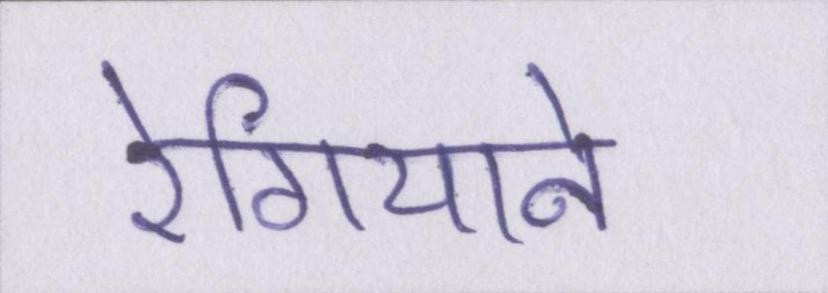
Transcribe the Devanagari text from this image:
रेगियाने